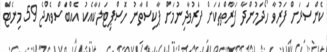
ކެންސަރަށް ފަރުވާ ހޯދަމުންދާ ފަރާތްތަކަށް ފަރުވާދިނުމަށް ޕާކިސްތާނު ހޮސްޕިޓަލަކާއެކު އެއްބަސްވެއްޖެ 59 މިނެޓް